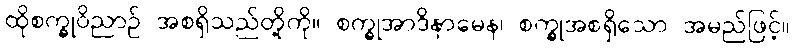
ထိုစက္ခုဝိညာဉ် အစရှိသည်တို့ကို။ စက္ခုအာဒိနာမေန၊ စက္ခုအစရှိသော အမည်ဖြင့်။